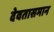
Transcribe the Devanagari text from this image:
देवतासमान